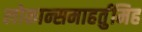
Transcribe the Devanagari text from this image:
लोकान्समाहर्तुमिह